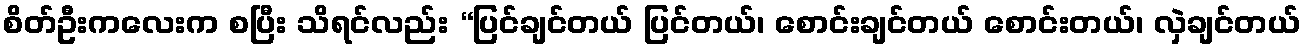
စိတ်ဦးကလေးက စပြီး သိရင်လည်း “ပြင်ချင်တယ် ပြင်တယ်၊ စောင်းချင်တယ် စောင်းတယ်၊ လှဲချင်တယ်